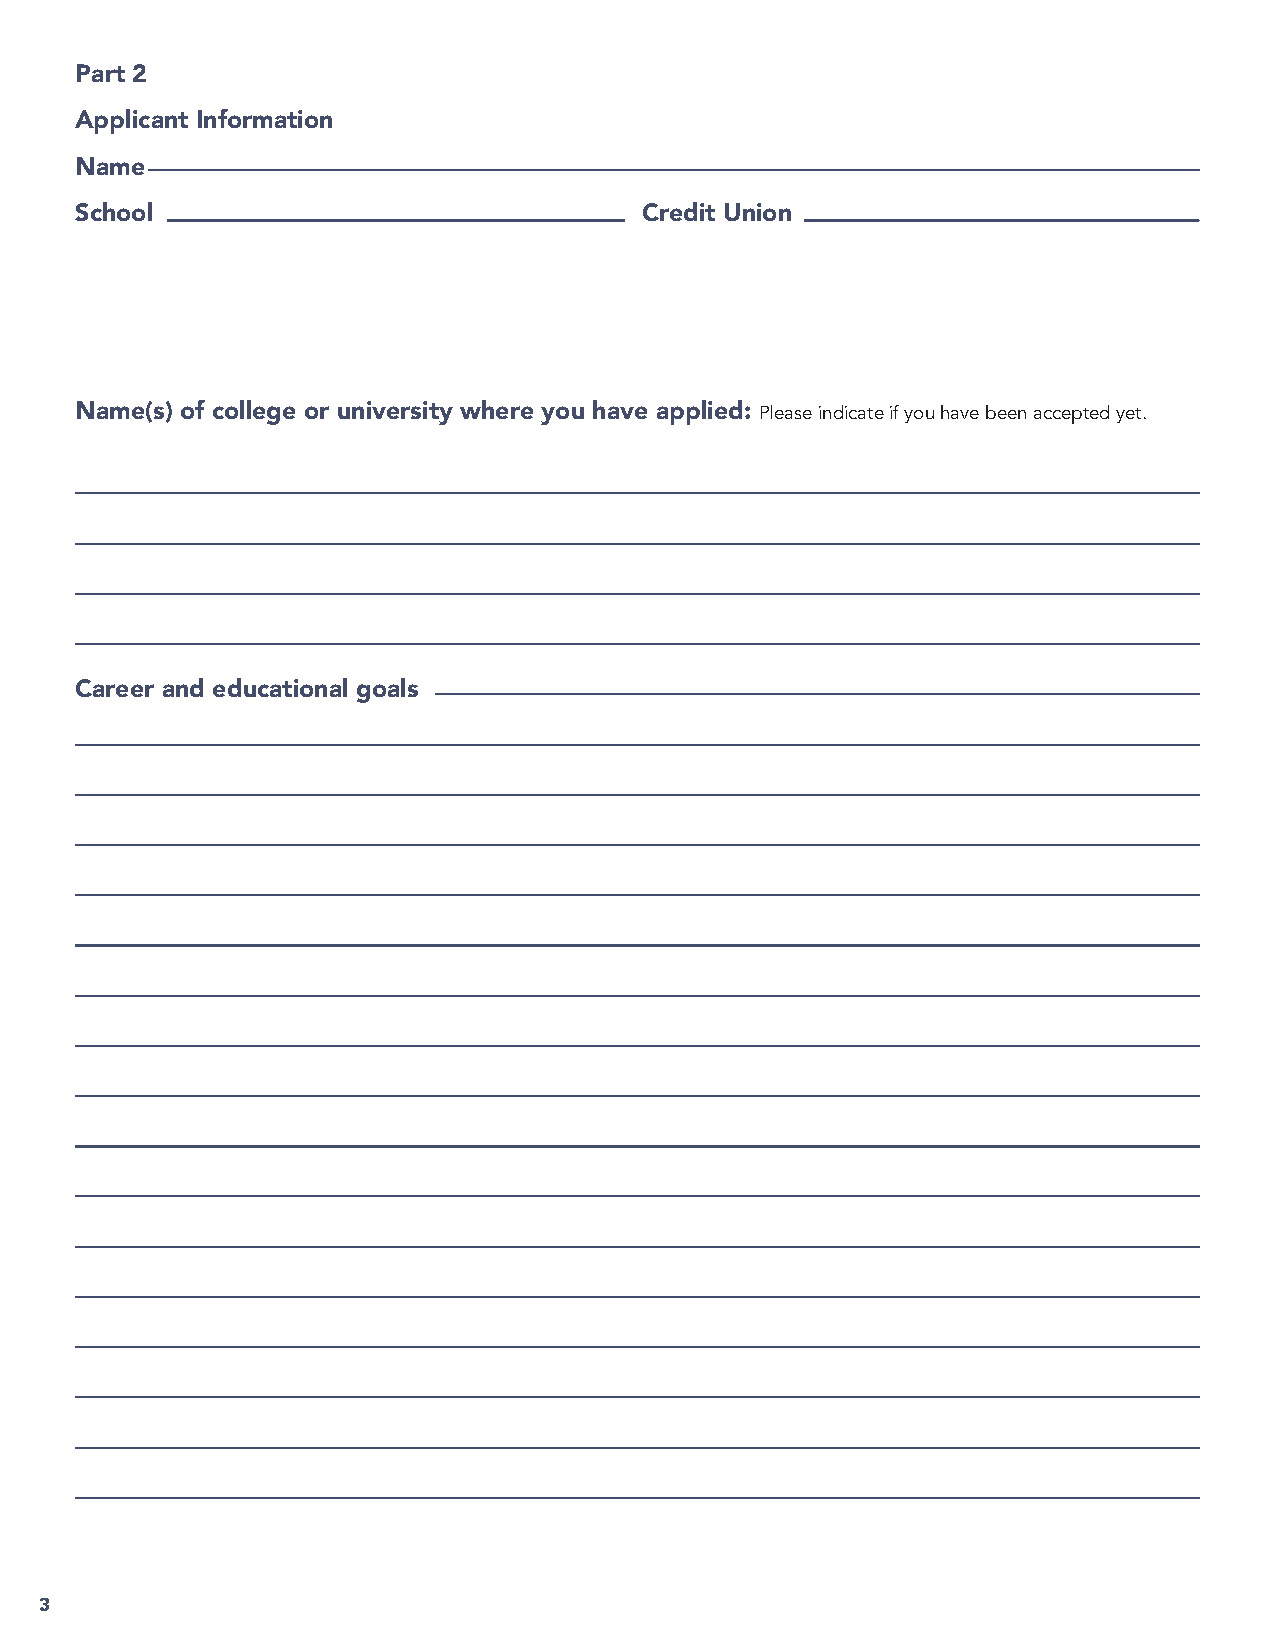
Part 2
 Applicant Information
 Name
 School                               Credit Union
 Name(s) of college or university where you have applied: Please indicate if you have been accepted yet.
 Career and educational goals
 3